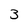
Character: 3